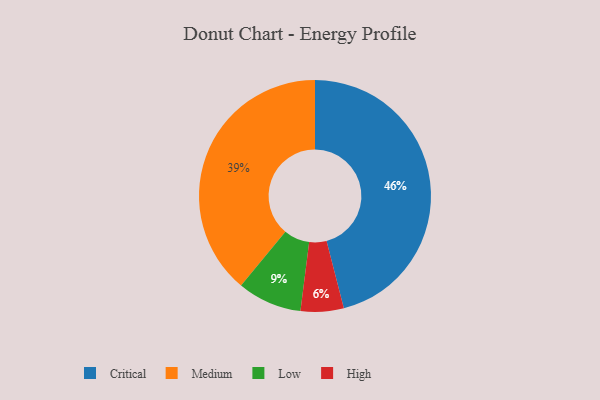
{"axis": {"x": "Category", "y": "Percentage"}, "legend": ["Critical", "High", "Low", "Medium"], "data": [{"x": "High", "y": 6, "type": "High"}, {"x": "Critical", "y": 46, "type": "Critical"}, {"x": "Low", "y": 9, "type": "Low"}, {"x": "Medium", "y": 39, "type": "Medium"}]}